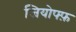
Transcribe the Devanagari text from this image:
जियोफ्फ़